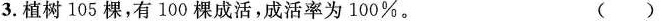
3.植树105棵，有100棵成活，成活率为100%。 ( )